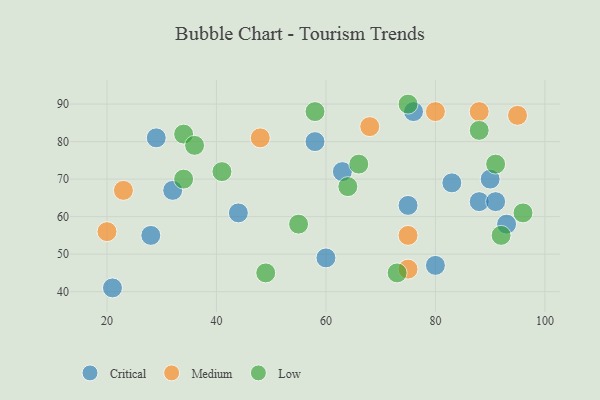
{"axis": {"x": "GDP", "y": "Life Expectancy"}, "legend": ["Critical", "Low", "Medium"], "data": [{"x": "90", "y": 70, "type": "Critical"}, {"x": "88", "y": 64, "type": "Critical"}, {"x": "29", "y": 81, "type": "Critical"}, {"x": "58", "y": 80, "type": "Critical"}, {"x": "44", "y": 61, "type": "Critical"}, {"x": "21", "y": 41, "type": "Critical"}, {"x": "75", "y": 63, "type": "Critical"}, {"x": "83", "y": 69, "type": "Critical"}, {"x": "93", "y": 58, "type": "Critical"}, {"x": "76", "y": 88, "type": "Critical"}, {"x": "80", "y": 47, "type": "Critical"}, {"x": "28", "y": 55, "type": "Critical"}, {"x": "63", "y": 72, "type": "Critical"}, {"x": "32", "y": 67, "type": "Critical"}, {"x": "60", "y": 49, "type": "Critical"}, {"x": "91", "y": 64, "type": "Critical"}, {"x": "75", "y": 55, "type": "Medium"}, {"x": "23", "y": 67, "type": "Medium"}, {"x": "68", "y": 84, "type": "Medium"}, {"x": "95", "y": 87, "type": "Medium"}, {"x": "80", "y": 88, "type": "Medium"}, {"x": "75", "y": 46, "type": "Medium"}, {"x": "20", "y": 56, "type": "Medium"}, {"x": "48", "y": 81, "type": "Medium"}, {"x": "88", "y": 88, "type": "Medium"}, {"x": "49", "y": 45, "type": "Low"}, {"x": "66", "y": 74, "type": "Low"}, {"x": "34", "y": 82, "type": "Low"}, {"x": "91", "y": 74, "type": "Low"}, {"x": "36", "y": 79, "type": "Low"}, {"x": "75", "y": 90, "type": "Low"}, {"x": "96", "y": 61, "type": "Low"}, {"x": "58", "y": 88, "type": "Low"}, {"x": "73", "y": 45, "type": "Low"}, {"x": "41", "y": 72, "type": "Low"}, {"x": "34", "y": 70, "type": "Low"}, {"x": "92", "y": 55, "type": "Low"}, {"x": "64", "y": 68, "type": "Low"}, {"x": "88", "y": 83, "type": "Low"}, {"x": "55", "y": 58, "type": "Low"}]}